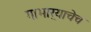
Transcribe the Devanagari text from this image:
गाभार्‍याचेच